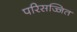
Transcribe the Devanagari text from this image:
परिसज्जित